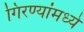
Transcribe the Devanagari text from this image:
गिरण्यांमध्ये